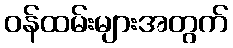
ဝန်ထမ်းများအတွက်